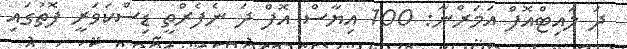
ދަ ލައިޓްއޮފް އަމަރްނާ: 100 އިޔާސް އޮފް ދަ ނެފެރްތީ ޑިސްކަވަރީ ފޮތުގައި